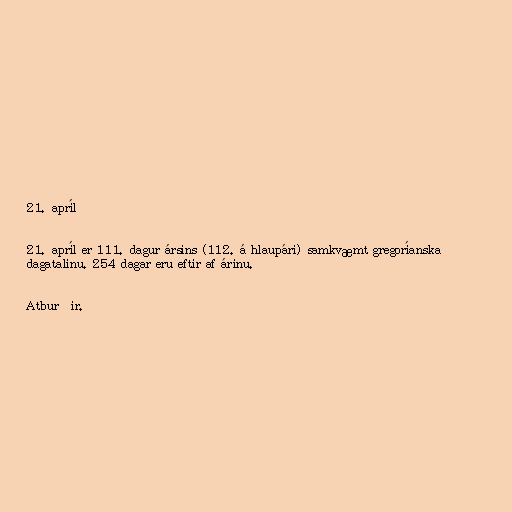
21. apríl

21. apríl er 111. dagur ársins (112. á hlaupári) samkvæmt gregoríanska
dagatalinu. 254 dagar eru eftir af árinu.

Atburðir.